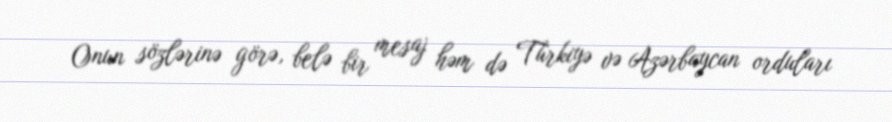
Onun sözlərinə görə, belə bir mesaj həm də Türkiyə və Azərbaycan orduları